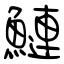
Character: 鰱